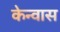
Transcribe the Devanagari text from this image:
केन्वास